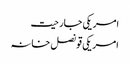
امریکی جارحیت
امریکی قونصل خانہ